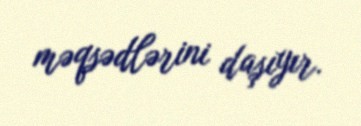
məqsədlərini daşıyır.